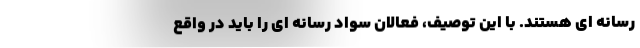
رسانه ای هستند. با این توصیف، فعالان سواد رسانه ای را باید در واقع